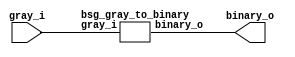


module top
(
  gray_i,
  binary_o
);

  input [15:0] gray_i;
  output [15:0] binary_o;

  bsg_gray_to_binary
  wrapper
  (
    .gray_i(gray_i),
    .binary_o(binary_o)
  );


endmodule



module bsg_scan_width_p16_xor_p1
(
  i,
  o
);

  input [15:0] i;
  output [15:0] o;
  wire [15:0] o;
  wire t_3__15_,t_3__14_,t_3__13_,t_3__12_,t_3__11_,t_3__10_,t_3__9_,t_3__8_,t_3__7_,
  t_3__6_,t_3__5_,t_3__4_,t_3__3_,t_3__2_,t_3__1_,t_3__0_,t_2__15_,t_2__14_,
  t_2__13_,t_2__12_,t_2__11_,t_2__10_,t_2__9_,t_2__8_,t_2__7_,t_2__6_,t_2__5_,t_2__4_,
  t_2__3_,t_2__2_,t_2__1_,t_2__0_,t_1__15_,t_1__14_,t_1__13_,t_1__12_,t_1__11_,
  t_1__10_,t_1__9_,t_1__8_,t_1__7_,t_1__6_,t_1__5_,t_1__4_,t_1__3_,t_1__2_,t_1__1_,
  t_1__0_;
  assign t_1__15_ = i[15] ^ 1'b0;
  assign t_1__14_ = i[14] ^ i[15];
  assign t_1__13_ = i[13] ^ i[14];
  assign t_1__12_ = i[12] ^ i[13];
  assign t_1__11_ = i[11] ^ i[12];
  assign t_1__10_ = i[10] ^ i[11];
  assign t_1__9_ = i[9] ^ i[10];
  assign t_1__8_ = i[8] ^ i[9];
  assign t_1__7_ = i[7] ^ i[8];
  assign t_1__6_ = i[6] ^ i[7];
  assign t_1__5_ = i[5] ^ i[6];
  assign t_1__4_ = i[4] ^ i[5];
  assign t_1__3_ = i[3] ^ i[4];
  assign t_1__2_ = i[2] ^ i[3];
  assign t_1__1_ = i[1] ^ i[2];
  assign t_1__0_ = i[0] ^ i[1];
  assign t_2__15_ = t_1__15_ ^ 1'b0;
  assign t_2__14_ = t_1__14_ ^ 1'b0;
  assign t_2__13_ = t_1__13_ ^ t_1__15_;
  assign t_2__12_ = t_1__12_ ^ t_1__14_;
  assign t_2__11_ = t_1__11_ ^ t_1__13_;
  assign t_2__10_ = t_1__10_ ^ t_1__12_;
  assign t_2__9_ = t_1__9_ ^ t_1__11_;
  assign t_2__8_ = t_1__8_ ^ t_1__10_;
  assign t_2__7_ = t_1__7_ ^ t_1__9_;
  assign t_2__6_ = t_1__6_ ^ t_1__8_;
  assign t_2__5_ = t_1__5_ ^ t_1__7_;
  assign t_2__4_ = t_1__4_ ^ t_1__6_;
  assign t_2__3_ = t_1__3_ ^ t_1__5_;
  assign t_2__2_ = t_1__2_ ^ t_1__4_;
  assign t_2__1_ = t_1__1_ ^ t_1__3_;
  assign t_2__0_ = t_1__0_ ^ t_1__2_;
  assign t_3__15_ = t_2__15_ ^ 1'b0;
  assign t_3__14_ = t_2__14_ ^ 1'b0;
  assign t_3__13_ = t_2__13_ ^ 1'b0;
  assign t_3__12_ = t_2__12_ ^ 1'b0;
  assign t_3__11_ = t_2__11_ ^ t_2__15_;
  assign t_3__10_ = t_2__10_ ^ t_2__14_;
  assign t_3__9_ = t_2__9_ ^ t_2__13_;
  assign t_3__8_ = t_2__8_ ^ t_2__12_;
  assign t_3__7_ = t_2__7_ ^ t_2__11_;
  assign t_3__6_ = t_2__6_ ^ t_2__10_;
  assign t_3__5_ = t_2__5_ ^ t_2__9_;
  assign t_3__4_ = t_2__4_ ^ t_2__8_;
  assign t_3__3_ = t_2__3_ ^ t_2__7_;
  assign t_3__2_ = t_2__2_ ^ t_2__6_;
  assign t_3__1_ = t_2__1_ ^ t_2__5_;
  assign t_3__0_ = t_2__0_ ^ t_2__4_;
  assign o[15] = t_3__15_ ^ 1'b0;
  assign o[14] = t_3__14_ ^ 1'b0;
  assign o[13] = t_3__13_ ^ 1'b0;
  assign o[12] = t_3__12_ ^ 1'b0;
  assign o[11] = t_3__11_ ^ 1'b0;
  assign o[10] = t_3__10_ ^ 1'b0;
  assign o[9] = t_3__9_ ^ 1'b0;
  assign o[8] = t_3__8_ ^ 1'b0;
  assign o[7] = t_3__7_ ^ t_3__15_;
  assign o[6] = t_3__6_ ^ t_3__14_;
  assign o[5] = t_3__5_ ^ t_3__13_;
  assign o[4] = t_3__4_ ^ t_3__12_;
  assign o[3] = t_3__3_ ^ t_3__11_;
  assign o[2] = t_3__2_ ^ t_3__10_;
  assign o[1] = t_3__1_ ^ t_3__9_;
  assign o[0] = t_3__0_ ^ t_3__8_;

endmodule



module bsg_gray_to_binary
(
  gray_i,
  binary_o
);

  input [15:0] gray_i;
  output [15:0] binary_o;
  wire [15:0] binary_o;

  bsg_scan_width_p16_xor_p1
  scan_xor
  (
    .i(gray_i),
    .o(binary_o)
  );


endmodule